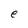
Character: e